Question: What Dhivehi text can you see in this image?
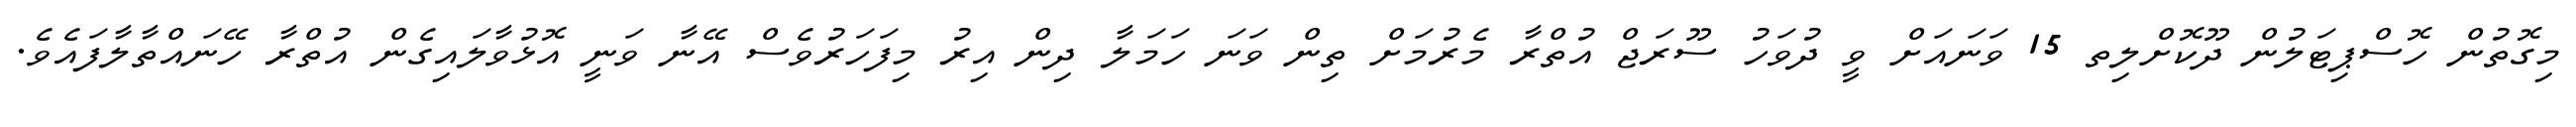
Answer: މިގޮތުން ހޮސްޕިޓަލުން ދޫކޮށްލިތ 15 ވަނައަށް ވީ ދުވަހު ސޫރަޖް އުތްރާ މެރުމަށް ތިން ވަނަ ހަމަލާ ދިން އިރު މިފަހަރުވެސް އޭނާ ވަނީ އޮޅުވާލައިގެން އުތްރާ ހޭނައްތާލާފައެވެ.